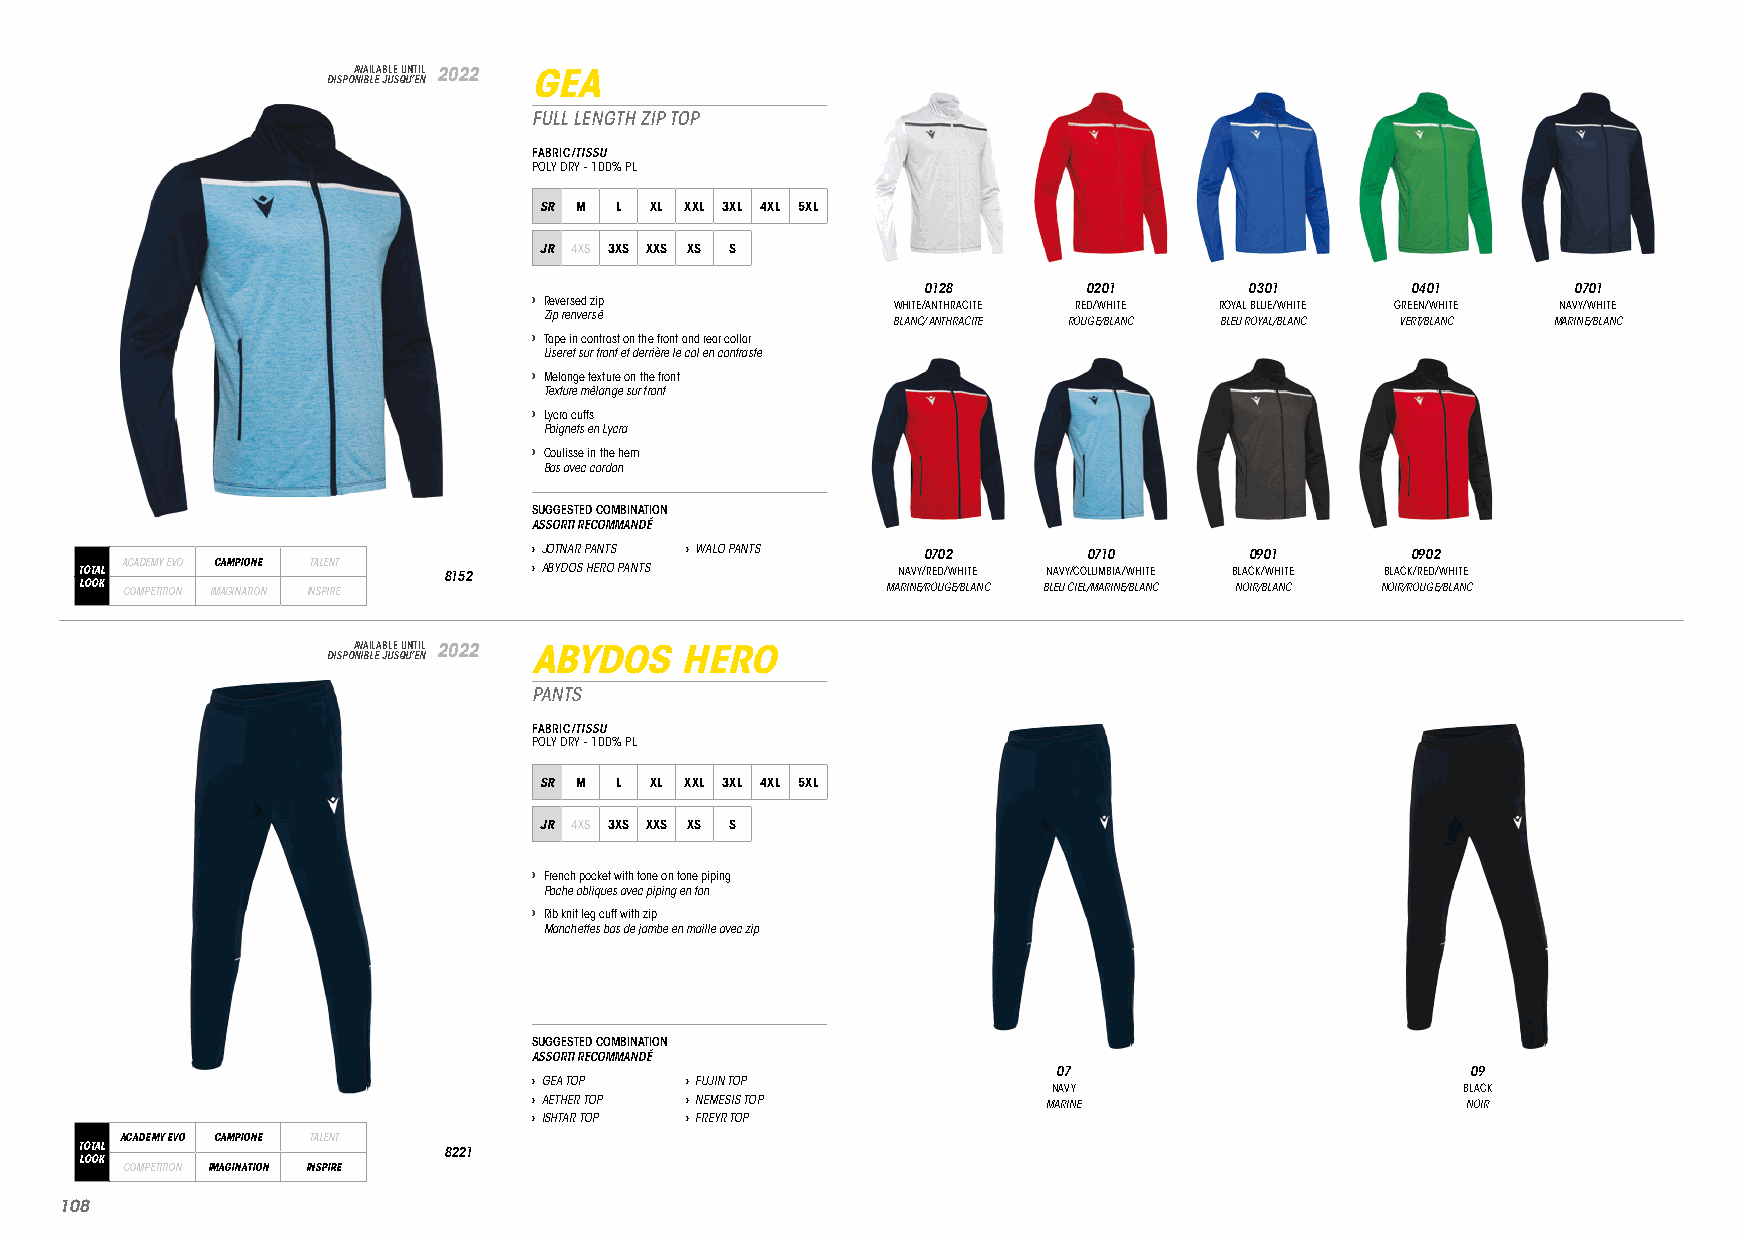
DISPOA NV IBA LIL EA JB ULE S QU UN ’T EI NL 2022 GEA
 FULL LENGTH ZIP TOP
 FABRIC/TISSU
 POLY DRY - 100% PL
 SR M L XL XXL 3XL 4XL 5XL
 JR 4XS 3XS XXS XS S
 0128       0201       0301      0401       0701
 › Reversed zip          WHITE/ANTHRACITE RED/WHITE ROYAL BLUE/WHITE GREEN/WHITE NAVY/WHITE
 Zip renversé
 BLANC/ ANTHRACITE ROUGE/BLANC BLEU ROYAL/BLANC VERT/BLANC MARINE/BLANC
 › Tape in contrast on the front and rear collar
 Liseret sur front et derrière le col en contraste
 › Melange texture on the front
 Texture mélange sur front
 › Lycra cuffs
 Poignets en Lycra
 › Coulisse in the hem
 Bas avec cordon
 SUGGESTED COMBINATION
 ASSORTI RECOMMANDÉ
 › JOTNAR PANTS › WALO PANTS 0702     0710       0901      0902
 TOTAL ACADEMY EVO CAMPIONE TALENT 8152 › ABYDOS HERO PANTS NAVY/RED/WHITE NAVY/COLUMBIA/WHITE BLACK/WHITE BLACK/RED/WHITE
 LOOK COMPETITION IMAGINATION INSPIRE                  MARINE/ROUGE/BLANC BLEU CIEL/MARINE/BLANC NOIR/BLANC NOIR/ROUGE/BLANC
 DISPOA NV IBA LIL EA JB ULE S QU UN ’T EI NL 2022 ABYDOS HERO
 PANTS
 FABRIC/TISSU
 POLY DRY - 100% PL
 SR M L XL XXL 3XL 4XL 5XL
 JR 4XS 3XS XXS XS S
 › French pocket with tone on tone piping
 Poche obliques avec piping en ton
 › Rib knit leg cuff with zip
 Manchettes bas de jambe en maille avec zip
 SUGGESTED COMBINATION
 ASSORTI RECOMMANDÉ
 07                         09
 › GEA TOP › FUJIN TOP
 NAVY                       BLACK
 › AETHER TOP › NEMESIS TOP        MARINE                      NOIR
 › ISHTAR TOP › FREYR TOP
 ACADEMY EVO CAMPIONE TALENT
 TOTAL                   8221
 LOOK
 COMPETITION IMAGINATION INSPIRE
 110088